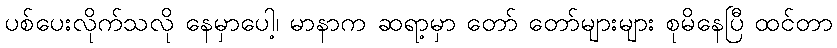
ပစ်ပေးလိုက်သလို နေမှာပေါ့၊ မာနာက ဆရာ့မှာ တော် တော်များများ စုမိနေပြီ ထင်တာ